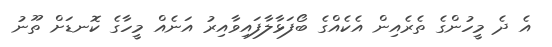
އެ ދެ މީހުންގެ ތެރެއިން އެކެއްގެ ބޯފަޅާލާފައިވާއިރު އަނެއް މީހާގެ ކޮނޑަށް ތޫނު